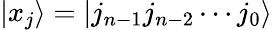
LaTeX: |x_{j}\rangle=|j_{n-1}j_{n-2}\cdots j_{0}\rangle